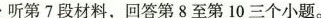
听第7段材料,回答第8至第10三个小题.